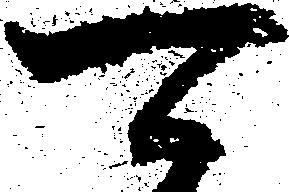
可